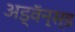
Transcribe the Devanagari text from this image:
अड्वॅन्स्ड